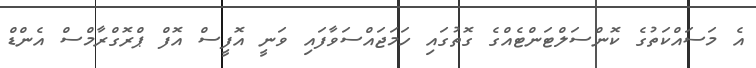
އެ މަސައްކަތުގެ ކޮންސަލްޓަންޓެއްގެ ގޮތުގައި ހަމަޖައްސަވާފައި ވަނީ އޮފީސް އޮފް ޕްރޮގްރާމްސް އެންޑް